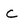
Character: C